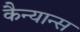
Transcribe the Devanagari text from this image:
कैन्यान्स